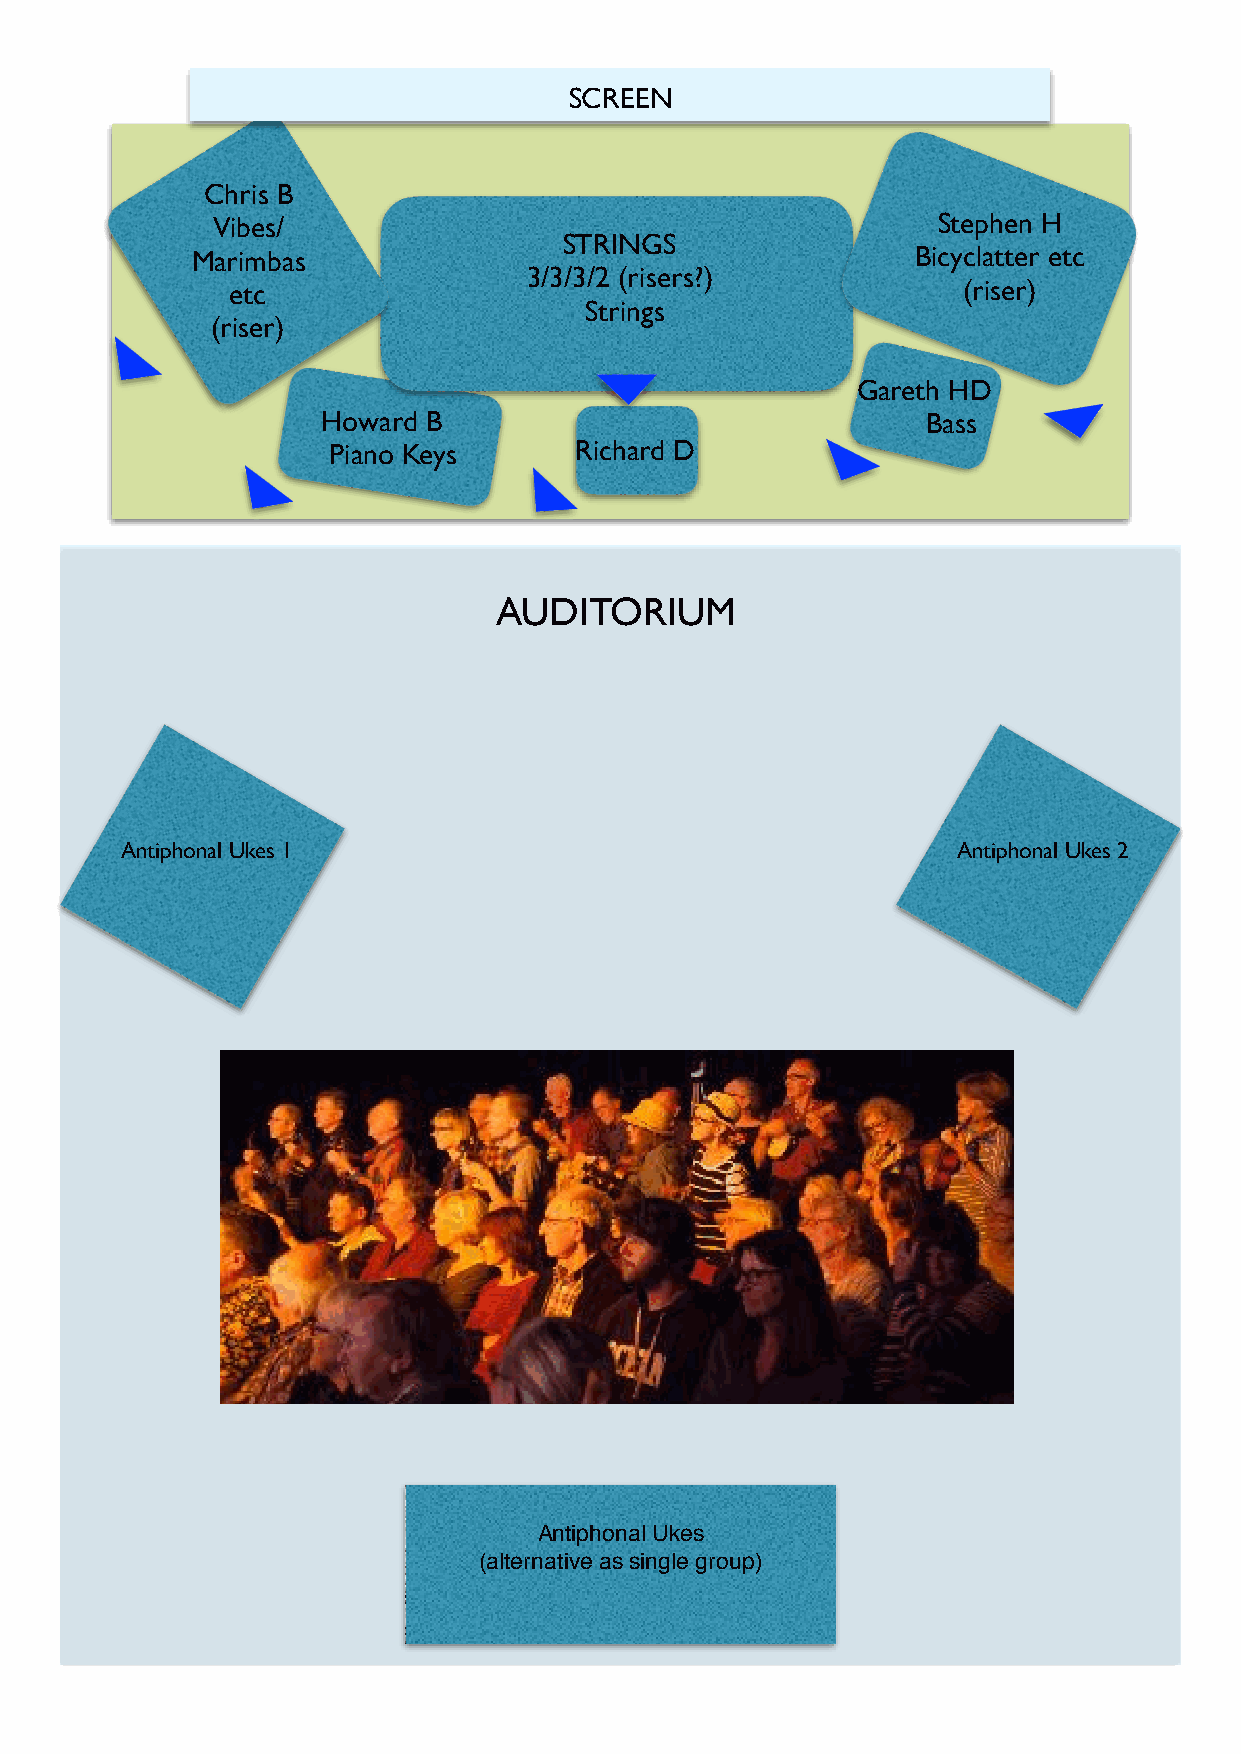
STAGE
 SCREEN
 Chris B
 Vibes/                                          Stephen H
 STRINGS
 Marimbas                                        Bicyclatter etc
 3/3/3/2 (risers?)
 etc                                              (riser)
 Strings
 (riser)
 Gareth HD
 Howard B                                Bass
 Piano Keys      Richard D
 AUDITORIUM
 Antiphonal Ukes 1                                      Antiphonal Ukes 2
 Antiphonal Ukes
 (alternative as single group)